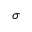
\sigma